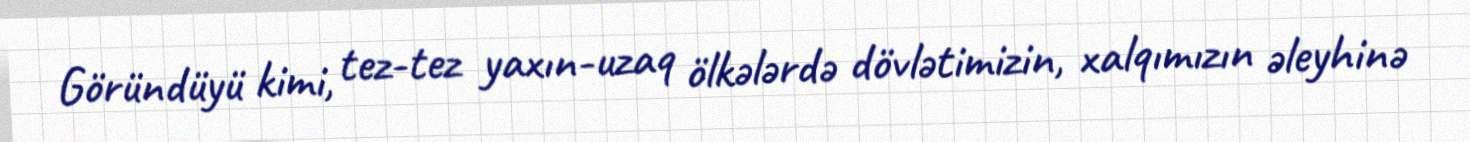
Göründüyü kimi, tez-tez yaxın-uzaq ölkələrdə dövlətimizin, xalqımızın əleyhinə